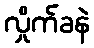
လှိုက်ခနဲ